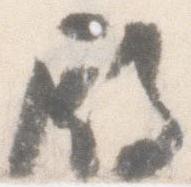
殿